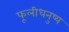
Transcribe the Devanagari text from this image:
फूलीधनुष्य